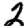
Digit: 2